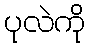
ပုလဲကို